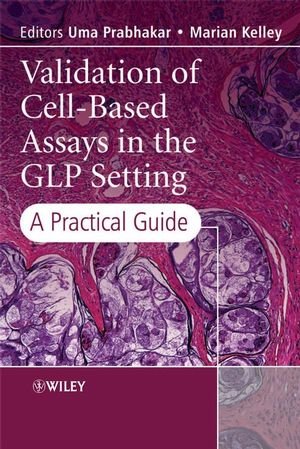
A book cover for Validation of Cell-Based Assays in the GLP Setting: A Practical Guide; Medical Books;